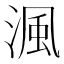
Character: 渢